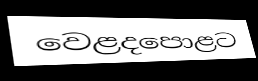
වෙළදපොළට